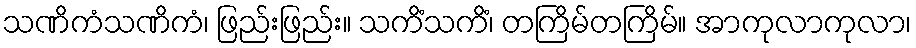
သဏိကံသဏိကံ၊ ဖြည်းဖြည်း။ သကိံသကိံ၊ တကြိမ်တကြိမ်။ အာကုလာကုလာ၊